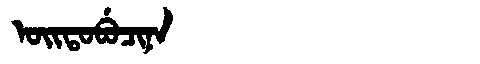
Manchu: ᠣᡳᡨᠣᠪᡠᠴᡳᠨᠠ
Romanization: OITOBUCINA